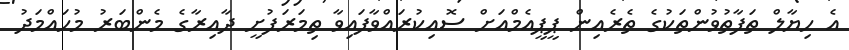
އެ ހިޔާލް ތަފާތުވުންތަކުގެ ތެރެއިން ޕީޕީއެމްއަށް ސޮއިކުރައްވާފައިވާ ތިމަރަފުށީ ދާއިރާގެ މެންބަރު މުހައްމަދު